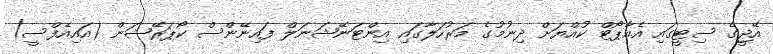
އޭޖީގެ ސިޓީގައި އެއާޕޯޓް ކުއްޔަށް ދިނުމުގެ މަރުހަލާގައި އިންޓަނޭޝަނަލް ފައިނޭންސް ކޯޕަރޭޝަން (އައިއެފްސީ)